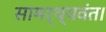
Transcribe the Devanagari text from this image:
सामर्थ्यवंत।